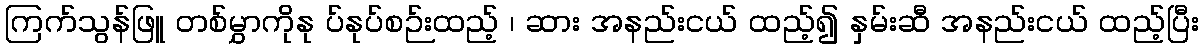
ကြက်သွန်ဖြူ တစ်မွှာကိုနု ပ်နုပ်စဉ်းထည့် ၊ ဆား အနည်းငယ် ထည့်၍ နှမ်းဆီ အနည်းငယ် ထည့်ပြီး